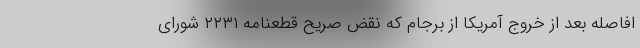
افاصله بعد از خروج آمریکا از برجام که نقض صریح قطعنامه ۲۲۳۱ شورای